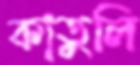
কাতুলি